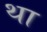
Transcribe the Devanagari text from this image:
था